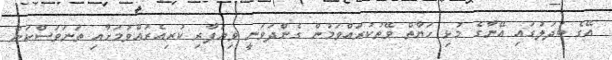
އޭގެ ބަދަލުގައި އޭނާގެ މުޅި ހަޔާތް ވޭތުކުރައްވަމުން ގެންދަވަނީ ވިޔަފާރި ކުރިއެރުއްވުމަށާއި ތަނަވަސްކަން